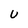
Character: U